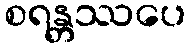
စရန္တဿပေ